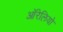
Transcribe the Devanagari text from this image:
ऑरेलियो